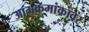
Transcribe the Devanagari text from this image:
आग्रक्रमांकावर